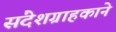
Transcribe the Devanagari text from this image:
संदेशग्राहकाने